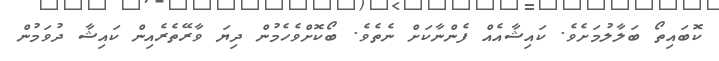
ކޮބައިތޯ ބަލާލުމަށެވެ. ކައިޝާއެއް ފެންނާކަށް ނެތެވެ. ބޯކޮށްވެހެމުން ދިޔަ ވާރޭތެރެއިން ކައިޝާ ދުވަމުން